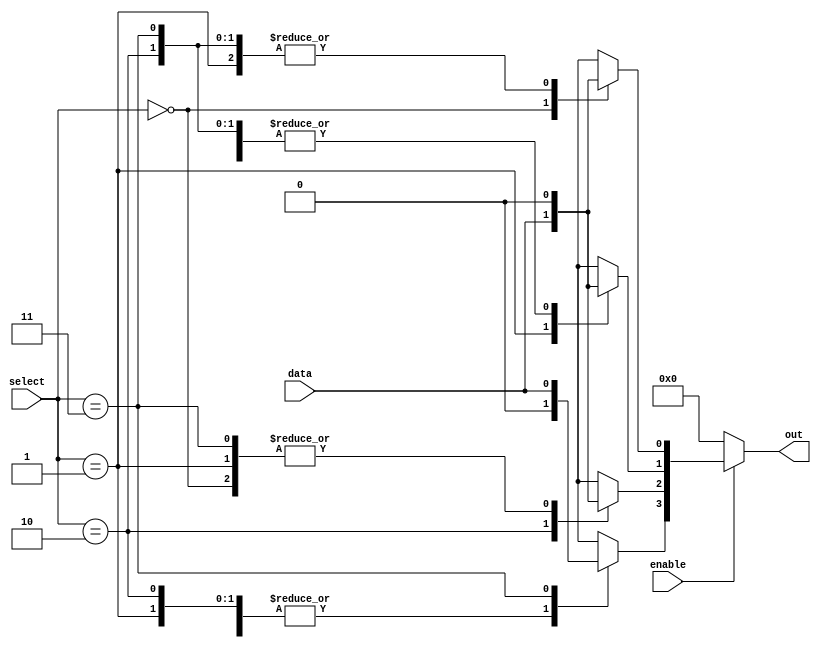
module parameterized_demux #(
    parameter N = 4  // Number of output lines (must be a power of 2)
)(
    input wire data,               // Single data input
    input wire [$clog2(N)-1:0] select, // Select input to choose the output line
    input wire enable,             // Enable signal
    output reg [N-1:0] out        // Output lines
);

    // Combinatorial logic to drive the output lines
    always @(*) begin
        // Default all outputs to 0
        out = {N{1'b0}};
        
        // If enabled, set the selected output line to the data value
        if (enable) begin
            case (select)
                0: out[0] = data;
                1: out[1] = data;
                2: out[2] = data;
                3: out[3] = data;
                // Add more cases if N > 4
                // ...
                default: out = {N{1'b0}}; // Default case (should not occur)
            endcase
        end
    end

endmodule